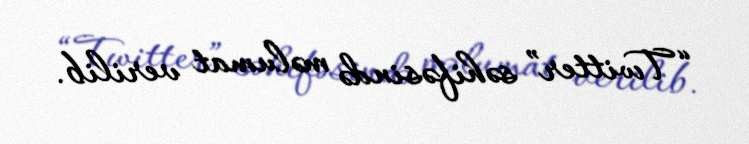
“Twitter” səhifəsində məlumat verilib.